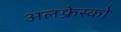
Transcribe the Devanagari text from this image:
अलफ्रेस्को